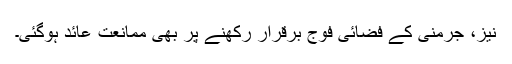
نیز، جرمنی کے فضائی فوج برقرار رکھنے پر بھی ممانعت عائد ہوگئی۔